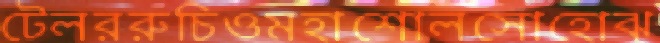
টেলররুচিওমহাশোলসোহোঝ